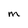
Character: m